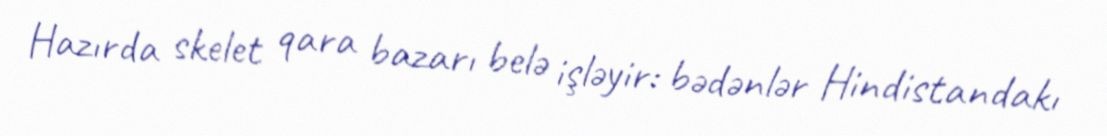
Hazırda skelet qara bazarı belə işləyir: bədənlər Hindistandakı